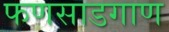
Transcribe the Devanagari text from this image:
फणसाडगाण